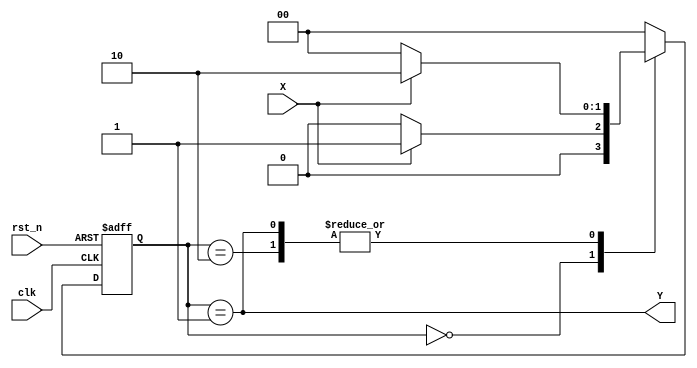
`timescale 1ns / 1ps
//////////////////////////////////////////////////////////////////////////////////
// Company: 
// Engineer: 
// 
// Design Name: 
// Module Name: Detector
// Project Name: 
// Target Devices: 
// Tool Versions: 
// Description: 
// 
// Dependencies: 
// 
// Revision:
// Revision 0.01 - File Created
// Additional Comments:
// 
//////////////////////////////////////////////////////////////////////////////////


module Detector(clk, rst_n, X, Y);

input clk, rst_n, X;
output Y;

localparam S0 = 2'b00,
           S1 = 2'b01,
           S2 = 2'b10;
           
reg [1:0] present_state, next_state;

always @(posedge clk or negedge rst_n) begin // Next state
    if (!rst_n) present_state <= S0;
    else        present_state <= next_state;
end

always @(present_state or X) begin // Present State
    case(present_state)
        S0 : if(X) next_state = S1; else next_state = S0;
        S1 : if(X) next_state = S2; else next_state = S0;
        S2 : if(X) next_state = S2; else next_state = S0;
        default : next_state = S0;
    endcase
end

assign Y = present_state == S1; // OUTPUT 

endmodule